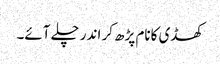
کھڈی کانام پڑھ کر اندر چلے آئے۔